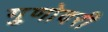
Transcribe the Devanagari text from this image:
गुणोदरी